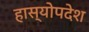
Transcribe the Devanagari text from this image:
हास्योपदेश